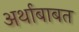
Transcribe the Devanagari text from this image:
अर्थाबाबत